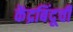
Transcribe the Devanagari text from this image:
केंद्रबिंदूची